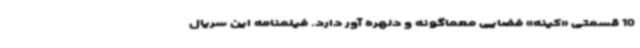
10 قسمتی «کینه» فضایی معماگونه و دلهره آور دارد. فیلمنامه این سریال